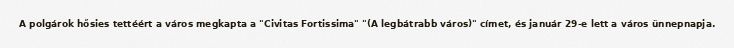
A polgárok hősies tettéért a város megkapta a "Civitas Fortissima" "(A legbátrabb város)" címet, és január 29-e lett a város ünnepnapja.